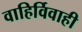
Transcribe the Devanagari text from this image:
वाहिर्विवाही